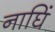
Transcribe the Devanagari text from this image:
नाघिं